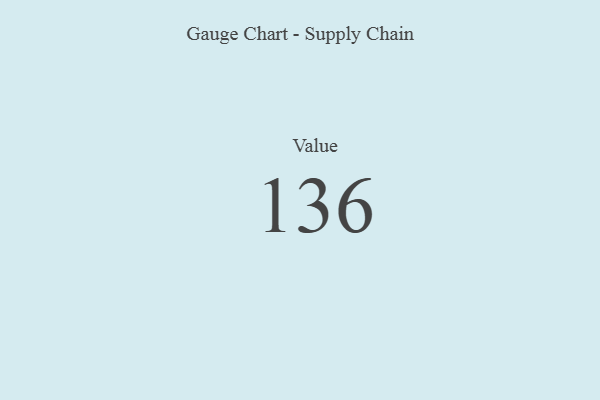
{"axis": {"x": "Metric", "y": "Value"}, "legend": [""], "data": [{"x": "Value", "y": 136, "type": ""}]}